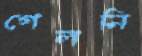
গেলনি